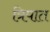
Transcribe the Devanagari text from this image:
त्रिपात